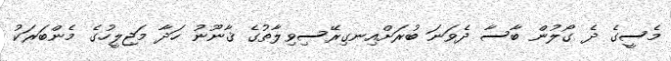
މެސީގެ ދެ ގޯލުން ބާސާ ދެވަނަ ބުރަށްއިނގިރޭސިވިލާތުގެ ޤާނޫނު ހަދާ މަޖިލީހުގެ މެންބަރަކު